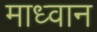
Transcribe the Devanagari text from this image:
माध्वान